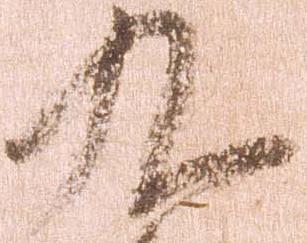
九